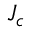
J _ { { c } }